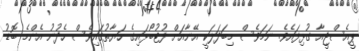
ޕީއެސްޖީއާ ގުޅިފައެވެ. ނަމަވެސް މިބަދަލަކީ އޭނާއަށް ފުޓުބޯޅައިގެ ހަޔާތުގައިވެސް ހެދުނު އެންމެ ބޮޑު